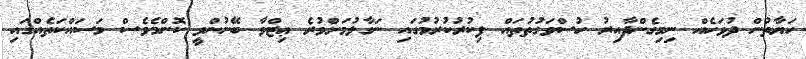
ހަޔާތުން ދުވަހެއް ނިމިގެންދާއިރު ހުސްވަގުތުތައް ފިކުރުކުރުމުގައި ނަގާލުމަށްވުރެ ޢިޒްވާ ބޭނުންވީ ކޮންމެވެސް މަސައްކަތެއްގައި